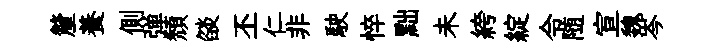
釐養側弹頹燄丕仁非駛悴黜未絝綻令随宣魏岑